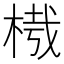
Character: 𣔮